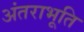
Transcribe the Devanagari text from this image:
अंतराभूति